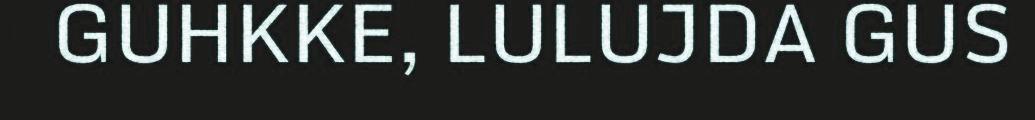
GUHKKE, LULUJDA GUS